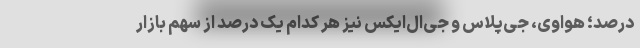
درصد؛ هواوی، جی‌پلاس و جی‌ال‌ایکس نیز هر کدام یک درصد از سهم بازار